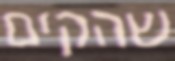
שהקים